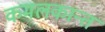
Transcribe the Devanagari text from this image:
कमलकान्‍त